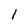
Character: 1